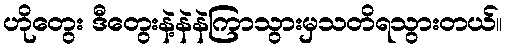
ဟိုတွေး ဒီတွေးနဲ့နဲနဲကြာသွားမှသတိရသွားတယ်။